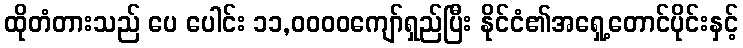
ထိုတံတားသည် ပေ ပေါင်း ၁၁,၀၀၀၀ကျော်ရှည်ပြီး နိုင်ငံ၏အရှေ့တောင်ပိုင်းနှင့်